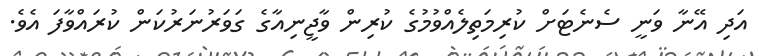
އަދި އޭނާ ވަނީ ސެނެޓަށް ކުރިމަތިލެއްވުމުގެ ކުރިން ވާޖީނިއާގެ ގަވަރުނަރުކަން ކުރައްވާފަ އެވެ.